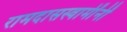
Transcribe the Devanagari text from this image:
रामदासस्वामींनीं